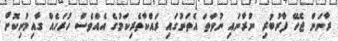
ރާނަން ޖެހޭ ފާރުބުރި ނުރާނައި ނުވަތަ އެތަނުގައި ރައްކާތެރިކަމުގެ އެއްވެސް ހުރަހެއް ގާއިމުނިކޮށް